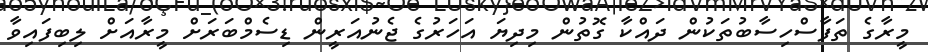
މީރާގެ ތަފާސްހިސާބުތަކުން ދައްކާ ގޮތުން މިދިޔަ އަހަރުގެ ޖެނުއަރީން ޑިސެމްބަރަށް މީރާއަށް ލިބިފައިވާ